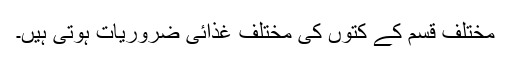
مختلف قسم کے کتوں کی مختلف غذائی ضروریات ہوتی ہیں۔